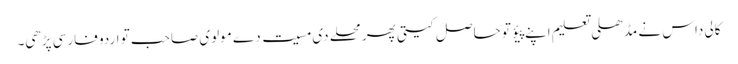
کالی داس نے مڈھلی تعلیم اپنے پیؤ تو حاصل کیتی پھر محلے دی مسیت دے مولوی صاحب تو اردو فارسی پڑھی۔